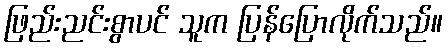
ဖြည်းညင်းစွာပင် သူက ပြန်ပြောလိုက်သည်။